system: You are a helpful assistant.
user:
Analyze the provided spectrum to determine if it is a **M-type Giant (gM)**.

A M-type Giant spectrum is defined by its **strong molecular absorption** features, particularly from **Titanium Oxide (TiO)**. You must check for one of the following mutually exclusive signatures:

- **Key Visual Indicators (Absorption-Dominated Spectrum):**

    - **(Primary):** The spectrum is dominated by strong molecular absorption from **Titanium Oxide (TiO)**. This is the **defining feature** of its M-type temperature class.
        - **(Key Bandheads):** Look for sharp, "saw-tooth" absorption valleys. The strongest are located near **~7050 Å**, **~6160 Å**, and **~5170 Å**.
        - **(Line Profile):** The "saw-tooth" morphology is critical: a **sharp, steep drop on the BLUE (short-wavelength) side** of the bandhead, followed by a gradual recovery (rising flux) towards the RED (long-wavelength) side.

    - **(Key Confirmation - Giant vs. Dwarf):** **ABSENCE** of strong **Calcium Hydride (CaH)** molecular bands. This is the primary diagnostic for *excluding* M-dwarfs.
        - **(Key Region):** The spectrum should lack the strong, broad absorption band seen in dwarfs between **~6800 Å and ~7000 Å**.

    - **(Secondary Confirmation - Giant):** A very strong and broad **Neutral Calcium (Ca I)** atomic absorption line.
        - **(Key Line):** Located at **~4226 Å**. In a giant (gM), this line is significantly deeper and broader than the same line in an M-dwarf (dM) due to low surface gravity.

    - **(Overall Spectrum):**
        - The continuum is **extremely red-sloping** (i.e., flux is very low in the blue and rises dramatically towards the red).
        - The entire spectrum appears "chopped up" by the deep TiO bands.

Think first, call **spectral_visualization_tool** if needed to examine features in detail, then provide your final answer. Your response must adhere to the following strict rules:
1.  **Overall Structure:** Your response must follow the format `<think>...</think> <tool_call>...</tool_call> (if a tool is used) <answer>...</answer>`.
2.  **Tool Usage Constraint:** You may only make **one** tool call per turn.
3.  **Final Answer Format:** In the `<answer>` tag, your conclusion must be inside a `\boxed{}` command (e.g., `\boxed{YES}` or `\boxed{NO}`), followed by your justification.

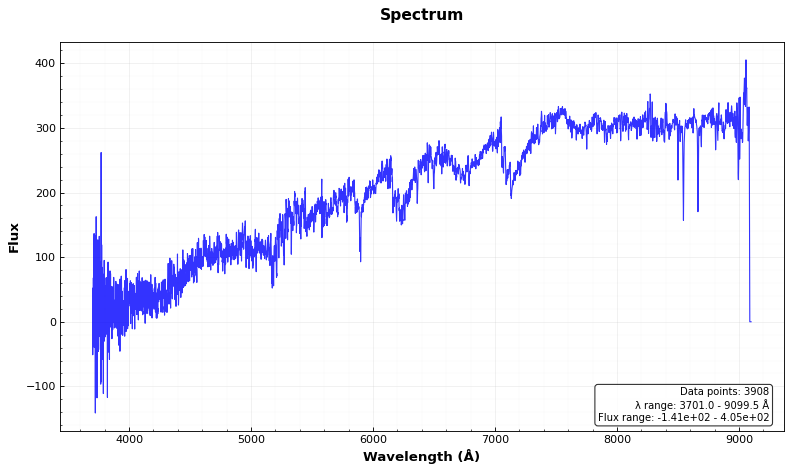
Answer: YES